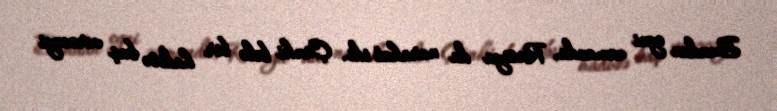
Bundan eyni zamanda, Rusiya da narahat idi. Çünki belə bir hadisə baş verəcəyi